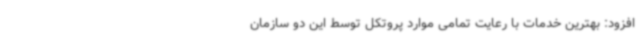
افزود: بهترین خدمات با رعایت تمامی موارد پروتکل توسط این دو سازمان